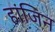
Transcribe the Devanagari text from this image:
हांजिन